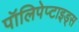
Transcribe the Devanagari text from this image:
पॉलिपेप्टाइड्स